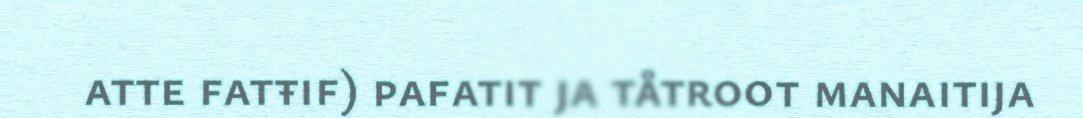
atte fatŧif) pafatit ja tåtroot manaitija